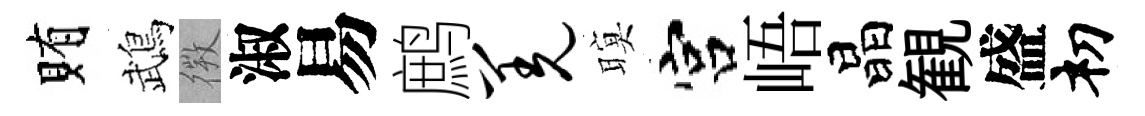
賄鵡𢕄淑易鹧羌暝宫峿晶観盛𥘉